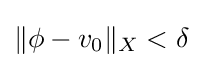
\Vert \phi -v_{0}\Vert _{X}<\delta